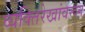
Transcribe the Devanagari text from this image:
व्यक्तिरेखांवरून